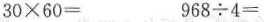
$$3 0 \times 6 0 =$$ $$9 6 8 \div 4 =$$